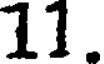
11.